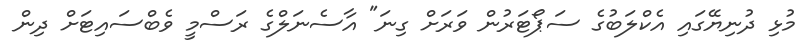
މުޅި ދުނިޔޭގައި އެކްލަބުގެ ސަޕޯޓަރުން ވަރަށް ގިނަ" އާސެނަލްގެ ރަސްމީ ވެބްސައިޓަށް ދިން